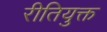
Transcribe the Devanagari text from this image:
रीतियुक्त